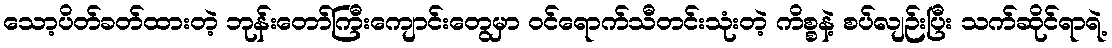
သော့ပိတ်ခတ်ထားတဲ့ ဘုန်းတော်ကြီးကျောင်းတွေမှာ ဝင်ရောက်သီတင်းသုံးတဲ့ ကိစ္စနဲ့ စပ်လျဉ်းပြီး သက်ဆိုင်ရာရဲ့